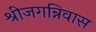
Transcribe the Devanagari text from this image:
श्रीजगन्निवास